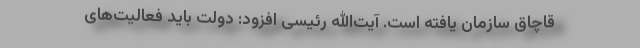
قاچاق سازمان یافته است. آیت‌الله رئیسی افزود: دولت باید فعالیت‌های